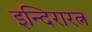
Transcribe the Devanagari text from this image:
इन्दिरारत्न